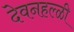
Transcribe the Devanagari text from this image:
देवनहल्ळी